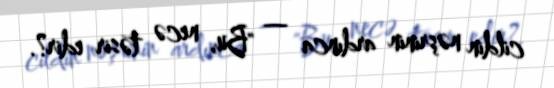
cildin nəşrinin ardınca — "Bu, necə təsir edir?.